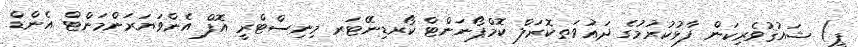
ޕީ) ޝައުޤުވެރިކަން ފާޅުކުރުމުގެ ދަޢުވަތކޮރަލް ކޮމްޕޯނަންޓް ކޯރޑިނޭޓަރ މިނިސްޓްރީ އޮފް އެންވަޔަރަންމަންޓް އެންޑް